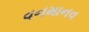
વનમાનવ